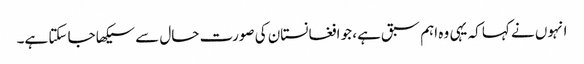
انہوں نے کہا کہ یہی وہ اہم سبق ہے، جو افغانستان کی صورت حال سے سیکھا جا سکتا ہے۔